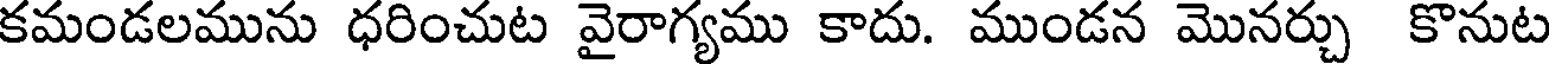
కమండలమును ధరించుట వైరాగ్యము కాదు. ముండన మొనర్చు కొనుట